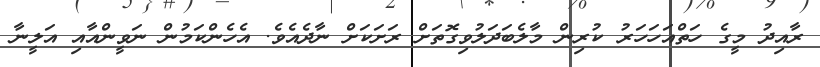
ރާއިދު މީގެ ހަތްއަހަހަރު ކުރިން މާލެބަދަލުވިގޮތަށް ރަށަކަށް ނާދެއެވެ. އެހެންކަމުން ނަވީންއާއި އަލީނާ